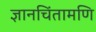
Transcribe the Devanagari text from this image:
ज्ञानचिंतामणि